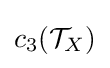
c_{3}({\mathcal {T}}_{X})